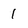
Character: 1